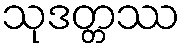
သုဒတ္တဿ